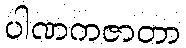
ပါဏကဇာတာ